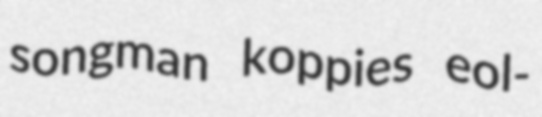
songman koppies eol-